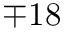
\mp 1 8